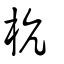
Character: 杭